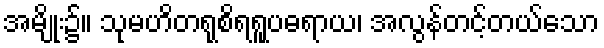
အမျိုး၌။ သုမဟိတရုစိရရူပဓရာယ၊ အလွန်တင့်တယ်သော